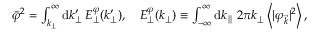
\begin{array} { r } { \bar { \varphi } ^ { 2 } = \int _ { k _ { \perp } } ^ { \infty } \mathrm { d } k _ { \perp } ^ { \prime } \: E _ { \perp } ^ { \varphi } ( k _ { \perp } ^ { \prime } ) , \quad E _ { \perp } ^ { \varphi } ( k _ { \perp } ) \equiv \int _ { - \infty } ^ { \infty } \mathrm { d } k _ { \parallel } \: 2 \pi k _ { \perp } \left< | \varphi _ { \vec { k } } | ^ { 2 } \right> , } \end{array}